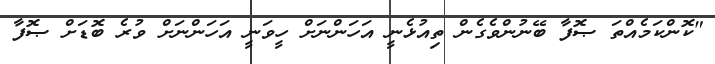
"ކޮންކަމެއްތަ ޞޮފާ ބޭނުންވެގެން ތިއުޅެނީ އަހަންނަށް ހީވަނީ އަހަންނަށް ވުރެ ބޮޑަށް ޞޮފާ